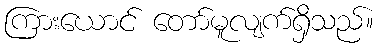
ကြားယောင် တော်မူလျက်ရှိသည်။